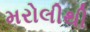
મરોલીથી